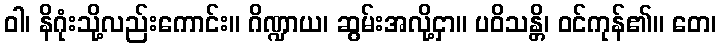
ဝါ၊ နိဂုံးသို့လည်းကောင်း။ ဂိဏ္ဍာယ၊ ဆွမ်းအလို့ငှာ။ ပဝိသန္တိ၊ ဝင်ကုန်၏။ တေ၊